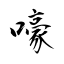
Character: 嚎